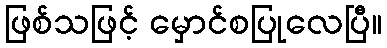
ဖြစ်သဖြင့် မှောင်စပြုလေပြီ။